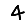
Digit: 4